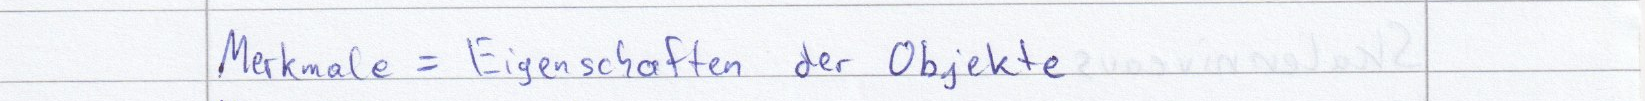
Merkmale = Eigenschaften der Objekte